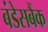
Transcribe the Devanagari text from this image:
बंडेसबैंक